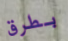
بطرق